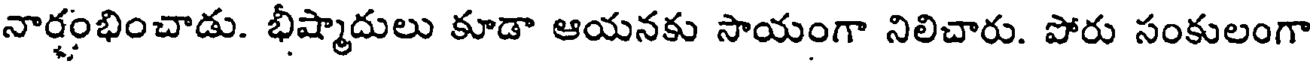
నార్షంభించాడు. భీష్మాదులు కూడా ఆయనకు సాయంగా నిలిచారు. పోరు సంకులంగా